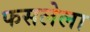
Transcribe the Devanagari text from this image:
फसलेला